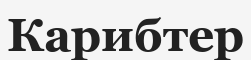
Карибтер